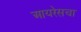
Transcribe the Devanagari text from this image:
आयरेसचा